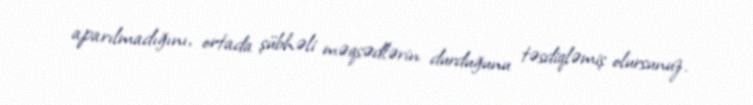
aparılmadığını, ortada şübhəli məqsədlərin durduğunu təsdiqləmiş olursunuz.